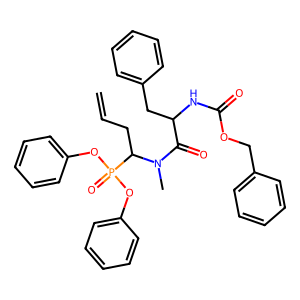
SMILES: C=CCC(N(C)C(=O)C(Cc1ccccc1)NC(=O)OCc1ccccc1)P(=O)(Oc1ccccc1)Oc1ccccc1
Inhibits HIV replication: No